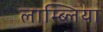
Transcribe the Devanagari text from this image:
लाम्ब्लिया